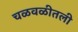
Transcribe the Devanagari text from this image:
चळवळीतली